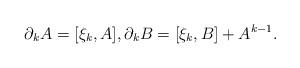
LaTeX: \begin{align*}\partial_k A=[\xi_k, A],\partial_k B=[\xi_k, B]+A^{k-1}.\end{align*}